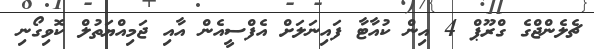
ޗެލެންޖްގެ ގްރޫޕް 4 އިން ކުއާޓާ ފައިނަލަށް އެފްސީއެން އާއި ޖަމިއްޔަތުލް ކޮވިގޯނި